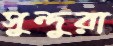
সুন্দুরা